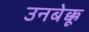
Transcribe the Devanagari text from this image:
उनबेक्कू